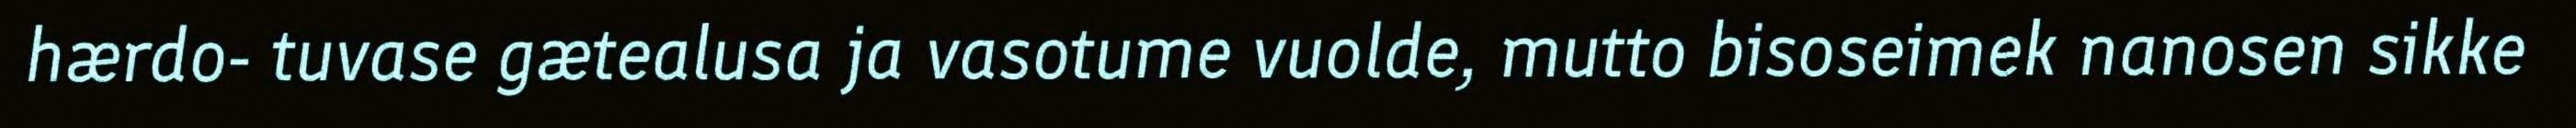
hærdo- tuvase gætealusa ja vasotume vuolde, mutto bisoseimek nanosen sikke